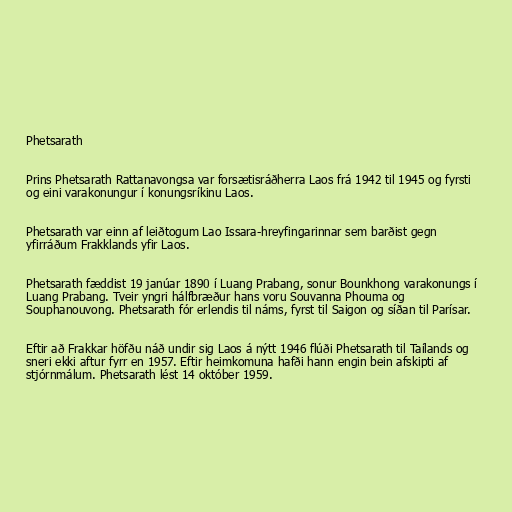
Phetsarath

Prins Phetsarath Rattanavongsa var forsætisráðherra Laos frá 1942 til 1945 og fyrsti
og eini varakonungur í konungsríkinu Laos.

Phetsarath var einn af leiðtogum Lao Issara-hreyfingarinnar sem barðist gegn
yfirráðum Frakklands yfir Laos.

Phetsarath fæddist 19 janúar 1890 í Luang Prabang, sonur Bounkhong varakonungs í
Luang Prabang. Tveir yngri hálfbræður hans voru Souvanna Phouma og
Souphanouvong. Phetsarath fór erlendis til náms, fyrst til Saigon og síðan til Parísar.

Eftir að Frakkar höfðu náð undir sig Laos á nýtt 1946 flúði Phetsarath til Taílands og
sneri ekki aftur fyrr en 1957. Eftir heimkomuna hafði hann engin bein afskipti af
stjórnmálum. Phetsarath lést 14 október 1959.